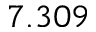
7 . 3 0 9